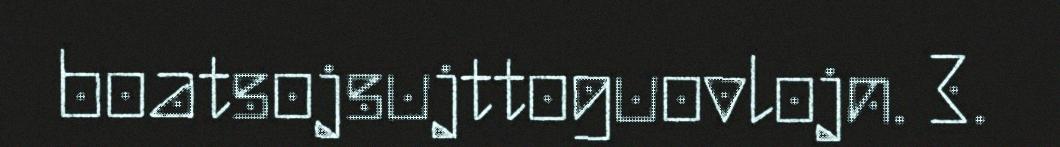
boatsojsujttoguovlojn. 3.